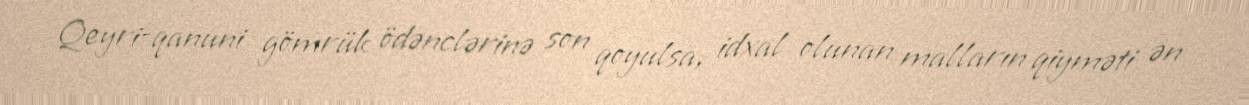
Qeyri-qanuni gömrük ödənclərinə son qoyulsa, idxal olunan malların qiyməti ən